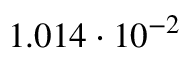
1 . 0 1 4 \cdot 1 0 ^ { - 2 }